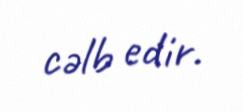
cəlb edir.